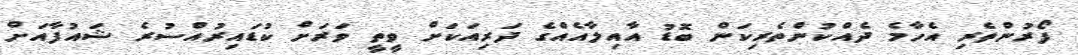
ފޯރުންތެރި އެހާމެ ދެއްކުންތެރިކަން ބޮޑު އާއިލާއެއްގެ ދަރިއަކަށް ވީތީ ވަރަށް ކުޑައިރުއްސުރެ ޝައުފާއަށް